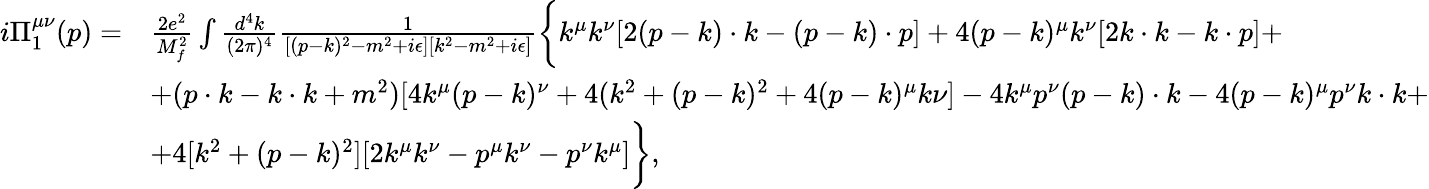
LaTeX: \begin{array}{rl}{i\Pi_{1}^{\mu\nu}(p)=}&{\frac{2e^{2}}{M_{f}^{2}}\int\frac{d^{4}k}{(2\pi)^{4}}\frac{1}{[(p-k)^{2}-m^{2}+i\epsilon][k^{2}-m^{2}+i\epsilon]}\biggl\{ k^{\mu}k^{\nu}[2(p-k)\cdot k-(p-k)\cdot p]+4(p-k)^{\mu}k^{\nu}[2k\cdot k-k\cdot p]+}\\ &{+(p\cdot k-k\cdot k+m^{2})[4k^{\mu}(p-k)^{\nu}+4(k^{2}+(p-k)^{2}+4(p-k)^{\mu}k\nu]-4k^{\mu}p^{\nu}(p-k)\cdot k-4(p-k)^{\mu}p^{\nu}k\cdot k+}\\ &{+4[k^{2}+(p-k)^{2}][2k^{\mu}k^{\nu}-p^{\mu}k^{\nu}-p^{\nu}k^{\mu}]\biggr\} ,}\end{array}